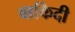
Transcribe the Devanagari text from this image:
वाकिदी